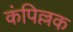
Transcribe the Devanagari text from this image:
कंपिल्लक